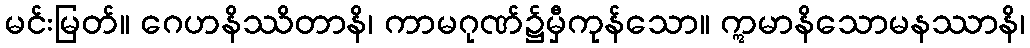
မင်းမြတ်။ ဂေဟနိဿိတာနိ၊ ကာမဂုဏ်၌မှီကုန်သော။ ဣမာနိသောမနဿာနိ၊